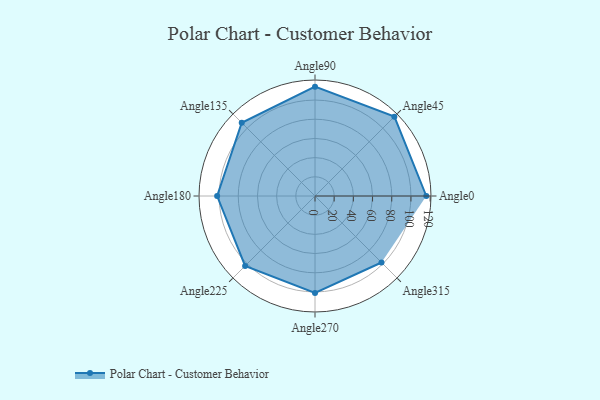
{"axis": {"x": "Angle", "y": "Radius"}, "legend": [""], "data": [{"x": "Angle0", "y": 116.0, "type": ""}, {"x": "Angle45", "y": 117.0, "type": ""}, {"x": "Angle90", "y": 114.0, "type": ""}, {"x": "Angle135", "y": 108.0, "type": ""}, {"x": "Angle180", "y": 102.0, "type": ""}, {"x": "Angle225", "y": 103.0, "type": ""}, {"x": "Angle270", "y": 101.0, "type": ""}, {"x": "Angle315", "y": 98.0, "type": ""}]}